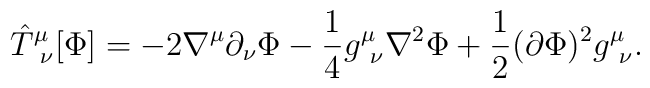
{\hat{T}}^{\mu}_{\ \nu} [\Phi]= -2\nabla^{\mu} \partial_{\nu} \Phi-{\frac{1}{4}} g^{\mu}_{\ \nu} \nabla^2\Phi + {\frac{1}{2}}(\partial\Phi)^2 g^{\mu}_{\ \nu} .